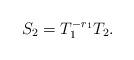
LaTeX: \begin{align*}S_2=T^{-r_1}_1 T_2.\end{align*}